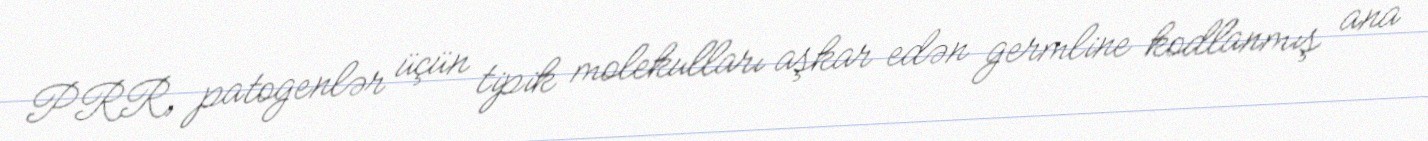
PRR, patogenlər üçün tipik molekulları aşkar edən germline kodlanmış ana